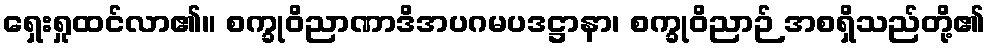
ရှေးရှုထင်လာ၏။ စက္ခုဝိညာဏာဒိအပဂမပဒဋ္ဌာနာ၊ စက္ခုဝိညာဉ် အစရှိသည်တို့၏